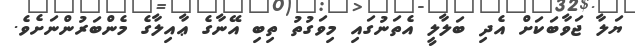
ޔަލާ ޖަވާބަކަށް އެދި ބަލާލީ އެތަނުގައި މިވަގުތު ތިބި އޭނާގެ ޢާއިލާގެ މެންބަރުންނަށެވެ.